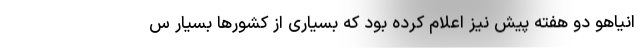
انیاهو دو هفته پیش نیز اعلام کرده بود که بسیاری از کشورها بسیار س